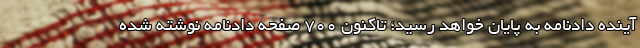
آینده دادنامه به پایان خواهد رسید؛ تاکنون ۷۰۰ صفحه دادنامه نوشته شده